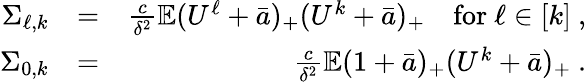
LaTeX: \begin{array}{rlr}{\Sigma_{\ell,k}}&{=}&{\frac c{\delta^{2}}\mathbb{E}(U^{\ell}+\bar{a})_{+}(U^{k}+\bar{a})_{+}\quad\textrm{for}\ \ell\in[k]\ ,}\\ {\Sigma_{0,k}}&{=}&{\frac c{\delta^{2}}\mathbb{E}(1+\bar{a})_{+}(U^{k}+\bar{a})_{+}\ .}\end{array}